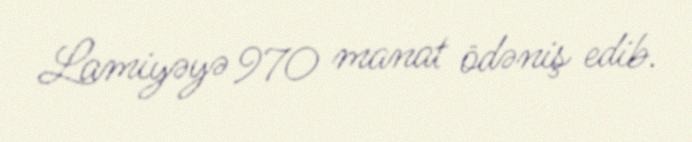
Lamiyəyə 970 manat ödəniş edib.